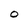
Character: O